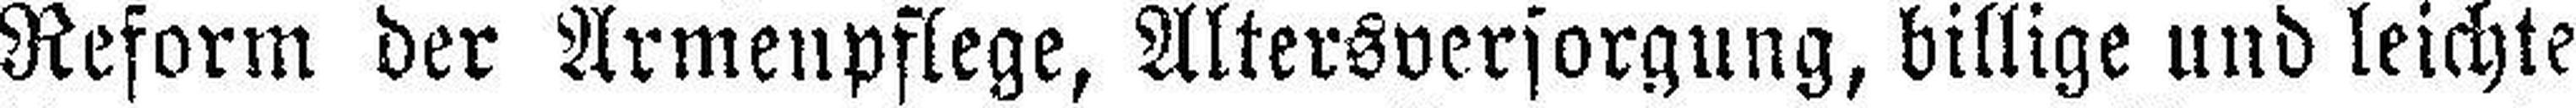
Reform der Armenpflege, Altersversorgung, billige und leichte